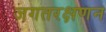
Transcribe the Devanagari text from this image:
जगतरक्षणन